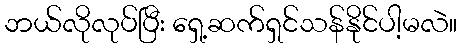
ဘယ်လိုလုပ်ပြီး ရှေ့ဆက်ရှင်သန်နိုင်ပါ့မလဲ။